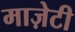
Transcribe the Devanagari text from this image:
माज़ेटी